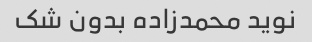
نوید محمدزاده بدون شک